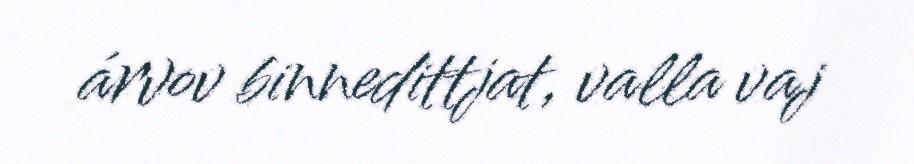
árvov binnedittjat, valla vaj